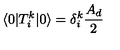
\langle 0 | T _ { i } ^ { k } | 0 \rangle = \delta _ { i } ^ { k } \frac { A _ { d } } { 2 }